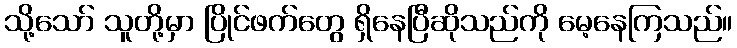
သို့သော် သူတို့မှာ ပြိုင်ဖက်တွေ ရှိနေပြီဆိုသည်ကို မေ့နေကြသည်။